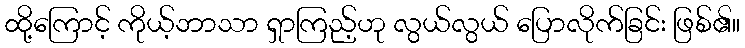
ထို့ကြောင့် ကိုယ့်ဘာသာ ရှာကြည့်ဟု လွယ်လွယ် ပြောလိုက်ခြင်း ဖြစ်၏။